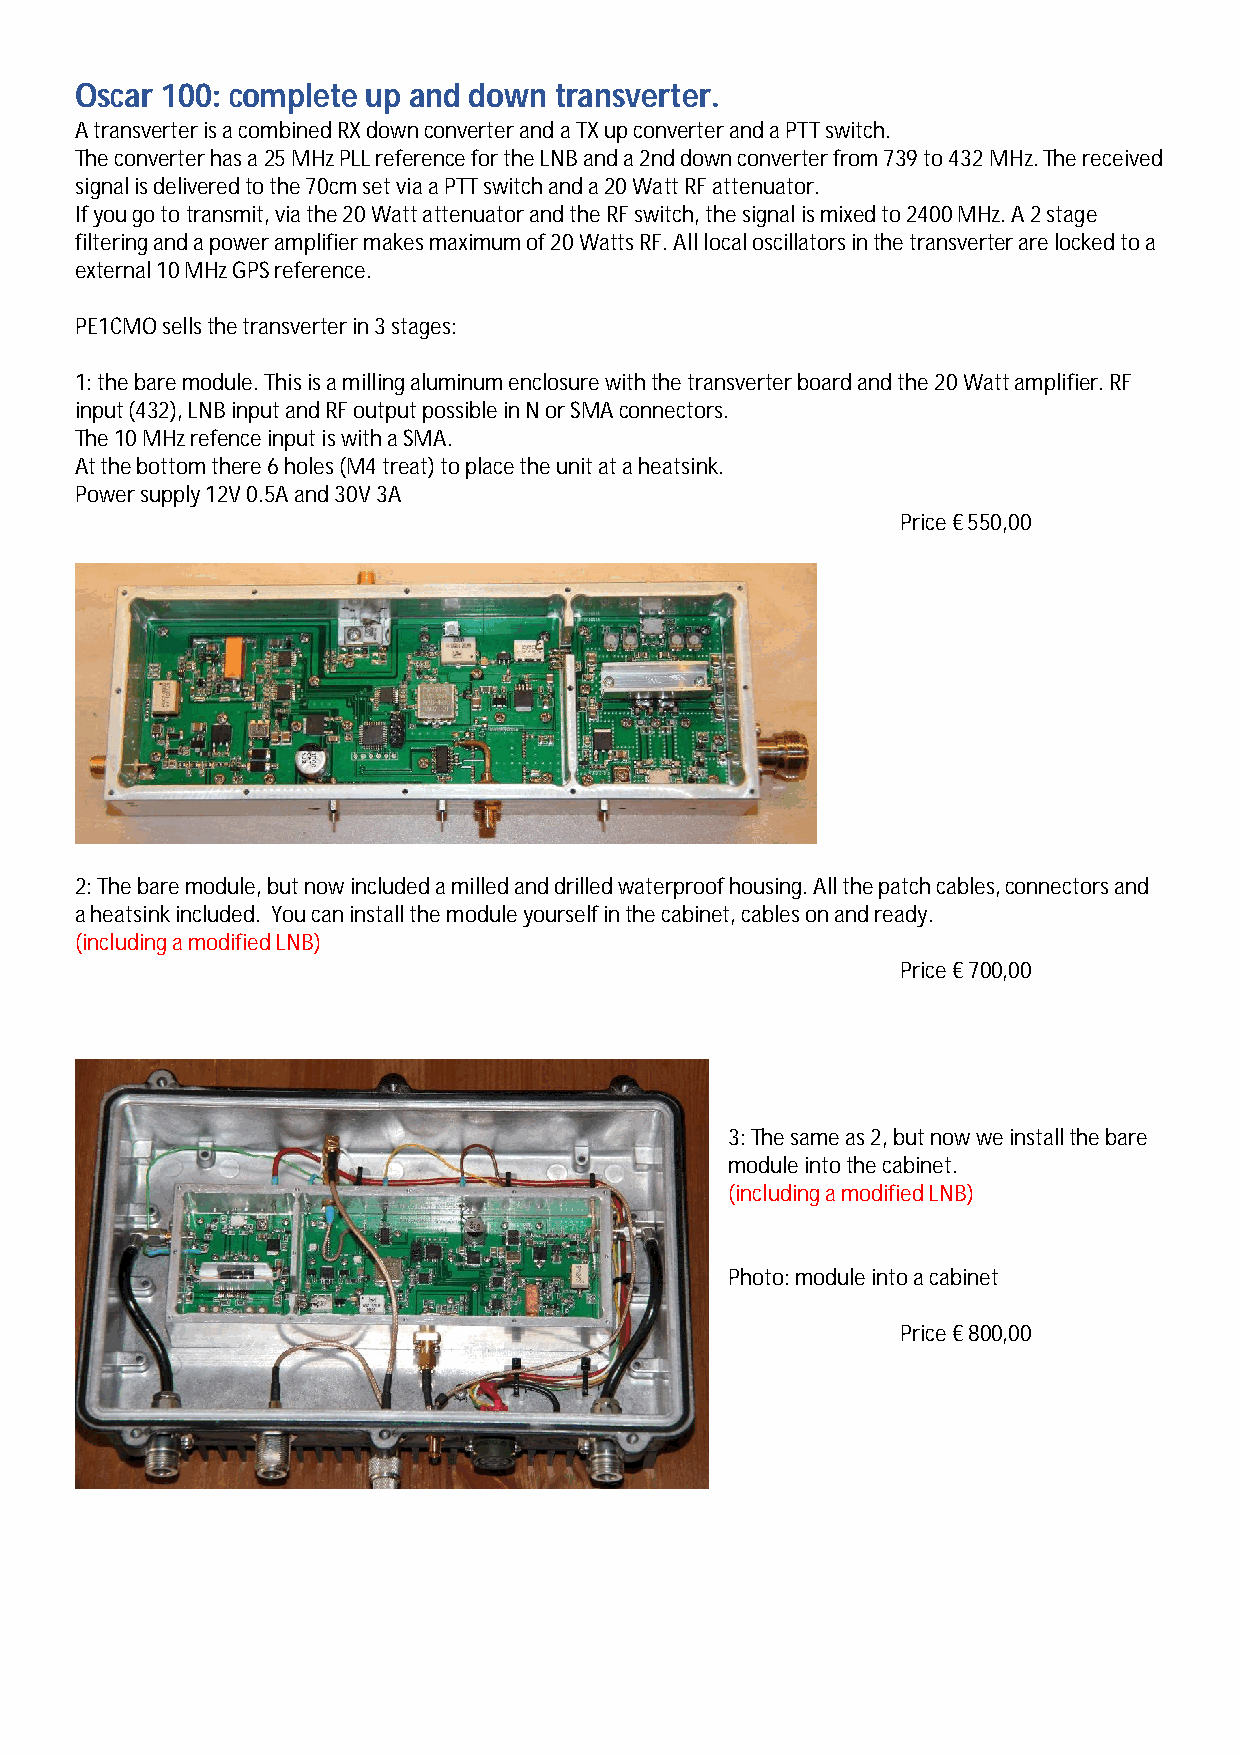
Oscar 100: complete up and down transverter.
 A transverter is a combined RX down converter and a TX up converter and a PTT switch.
 The converter has a 25 MHz PLL reference for the LNB and a 2nd down converter from 739 to 432 MHz. The received
 signal is delivered to the 70cm set via a PTT switch and a 20 Watt RF attenuator.
 If you go to transmit, via the 20 Watt attenuator and the RF switch, the signal is mixed to 2400 MHz. A 2 stage
 filtering and a power amplifier makes maximum of 20 Watts RF. All local oscillators in the transverter are locked to a
 external 10 MHz GPS reference.
 PE1CMO sells the transverter in 3 stages:
 1: the bare module. This is a milling aluminum enclosure with the transverter board and the 20 Watt amplifier. RF
 input (432), LNB input and RF output possible in N or SMA connectors.
 The 10 MHz refence input is with a SMA.
 At the bottom there 6 holes (M4 treat) to place the unit at a heatsink.
 Power supply 12V 0.5A and 30V 3A
 Price € 550,00
 2: The bare module, but now included a milled and drilled waterproof housing. All the patch cables, connectors and
 a heatsink included. You can install the module yourself in the cabinet, cables on and ready.
 (including a modified LNB)
 Price € 700,00
 3: The same as 2, but now we install the bare
 module into the cabinet.
 (including a modified LNB)
 Photo: module into a cabinet
 Price € 800,00